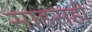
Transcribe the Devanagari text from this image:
साहसही